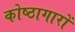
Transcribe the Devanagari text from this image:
कोष्ठागारों